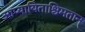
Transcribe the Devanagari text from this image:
आप्यायिताश्चिमतान्